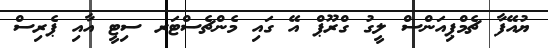
ޔުއޭފާ ޗެމްޕިއަންސް ލީގު ގްރޫޕް އޭ ގައި މެންޗެސްޓަރ ސިޓީ އާއި ޕެރިސް